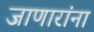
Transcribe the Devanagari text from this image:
जाणारांना